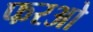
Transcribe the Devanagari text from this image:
फरओ